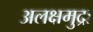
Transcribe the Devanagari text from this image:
अलक्षमुद्रा